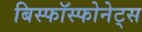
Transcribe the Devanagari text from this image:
बिस्फॉस्फोनेट्स